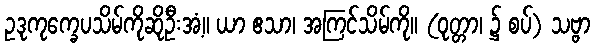
ဥဒုကုက္ခေပသိမ်ကိုဆိုဦးအံ့။ ယာ ဧသာ၊ အကြင်သိမ်ကို။ (ဝုတ္တာ၊ ၌ စပ်) သဗ္ဗာ